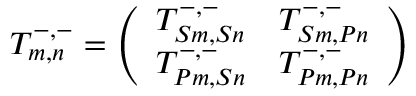
T _ { m , n } ^ { - , - } = \left( \begin{array} { c c } { T _ { S m , S n } ^ { - , - } } & { T _ { S m , P n } ^ { - , - } } \\ { T _ { P m , S n } ^ { - , - } } & { T _ { P m , P n } ^ { - , - } } \end{array} \right)